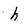
Character: h